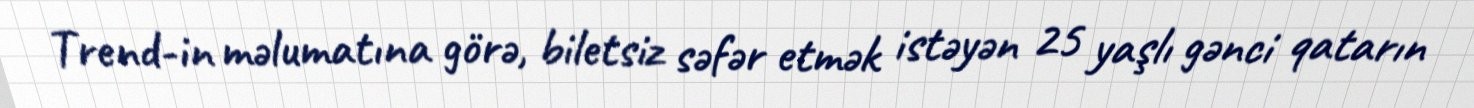
Trend-in məlumatına görə, biletsiz səfər etmək istəyən 25 yaşlı gənci qatarın